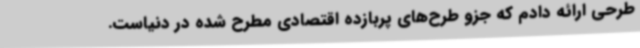
طرحی ارائه دادم که جزو طرح‌های پربازده اقتصادی مطرح شده در دنیاست.